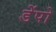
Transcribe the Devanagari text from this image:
डेंपो